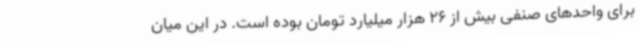
برای واحدهای صنفی بیش از 26 هزار میلیارد تومان بوده است. در این میان